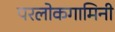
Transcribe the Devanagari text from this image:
परलोकगामिनी